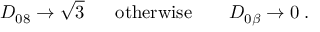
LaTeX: D _ { 0 8 } \rightarrow \sqrt { 3 } ~ ~ ~ ~ ~ \mathrm { o t h e r w i s e } ~ ~ ~ ~ ~ ~ D _ { 0 \beta } \rightarrow 0 \; .